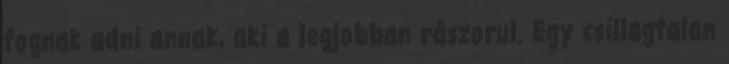
fognak adni annak, aki a legjobban rászorul. Egy csillagtalan